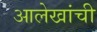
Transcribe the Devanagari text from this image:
आलेखांची